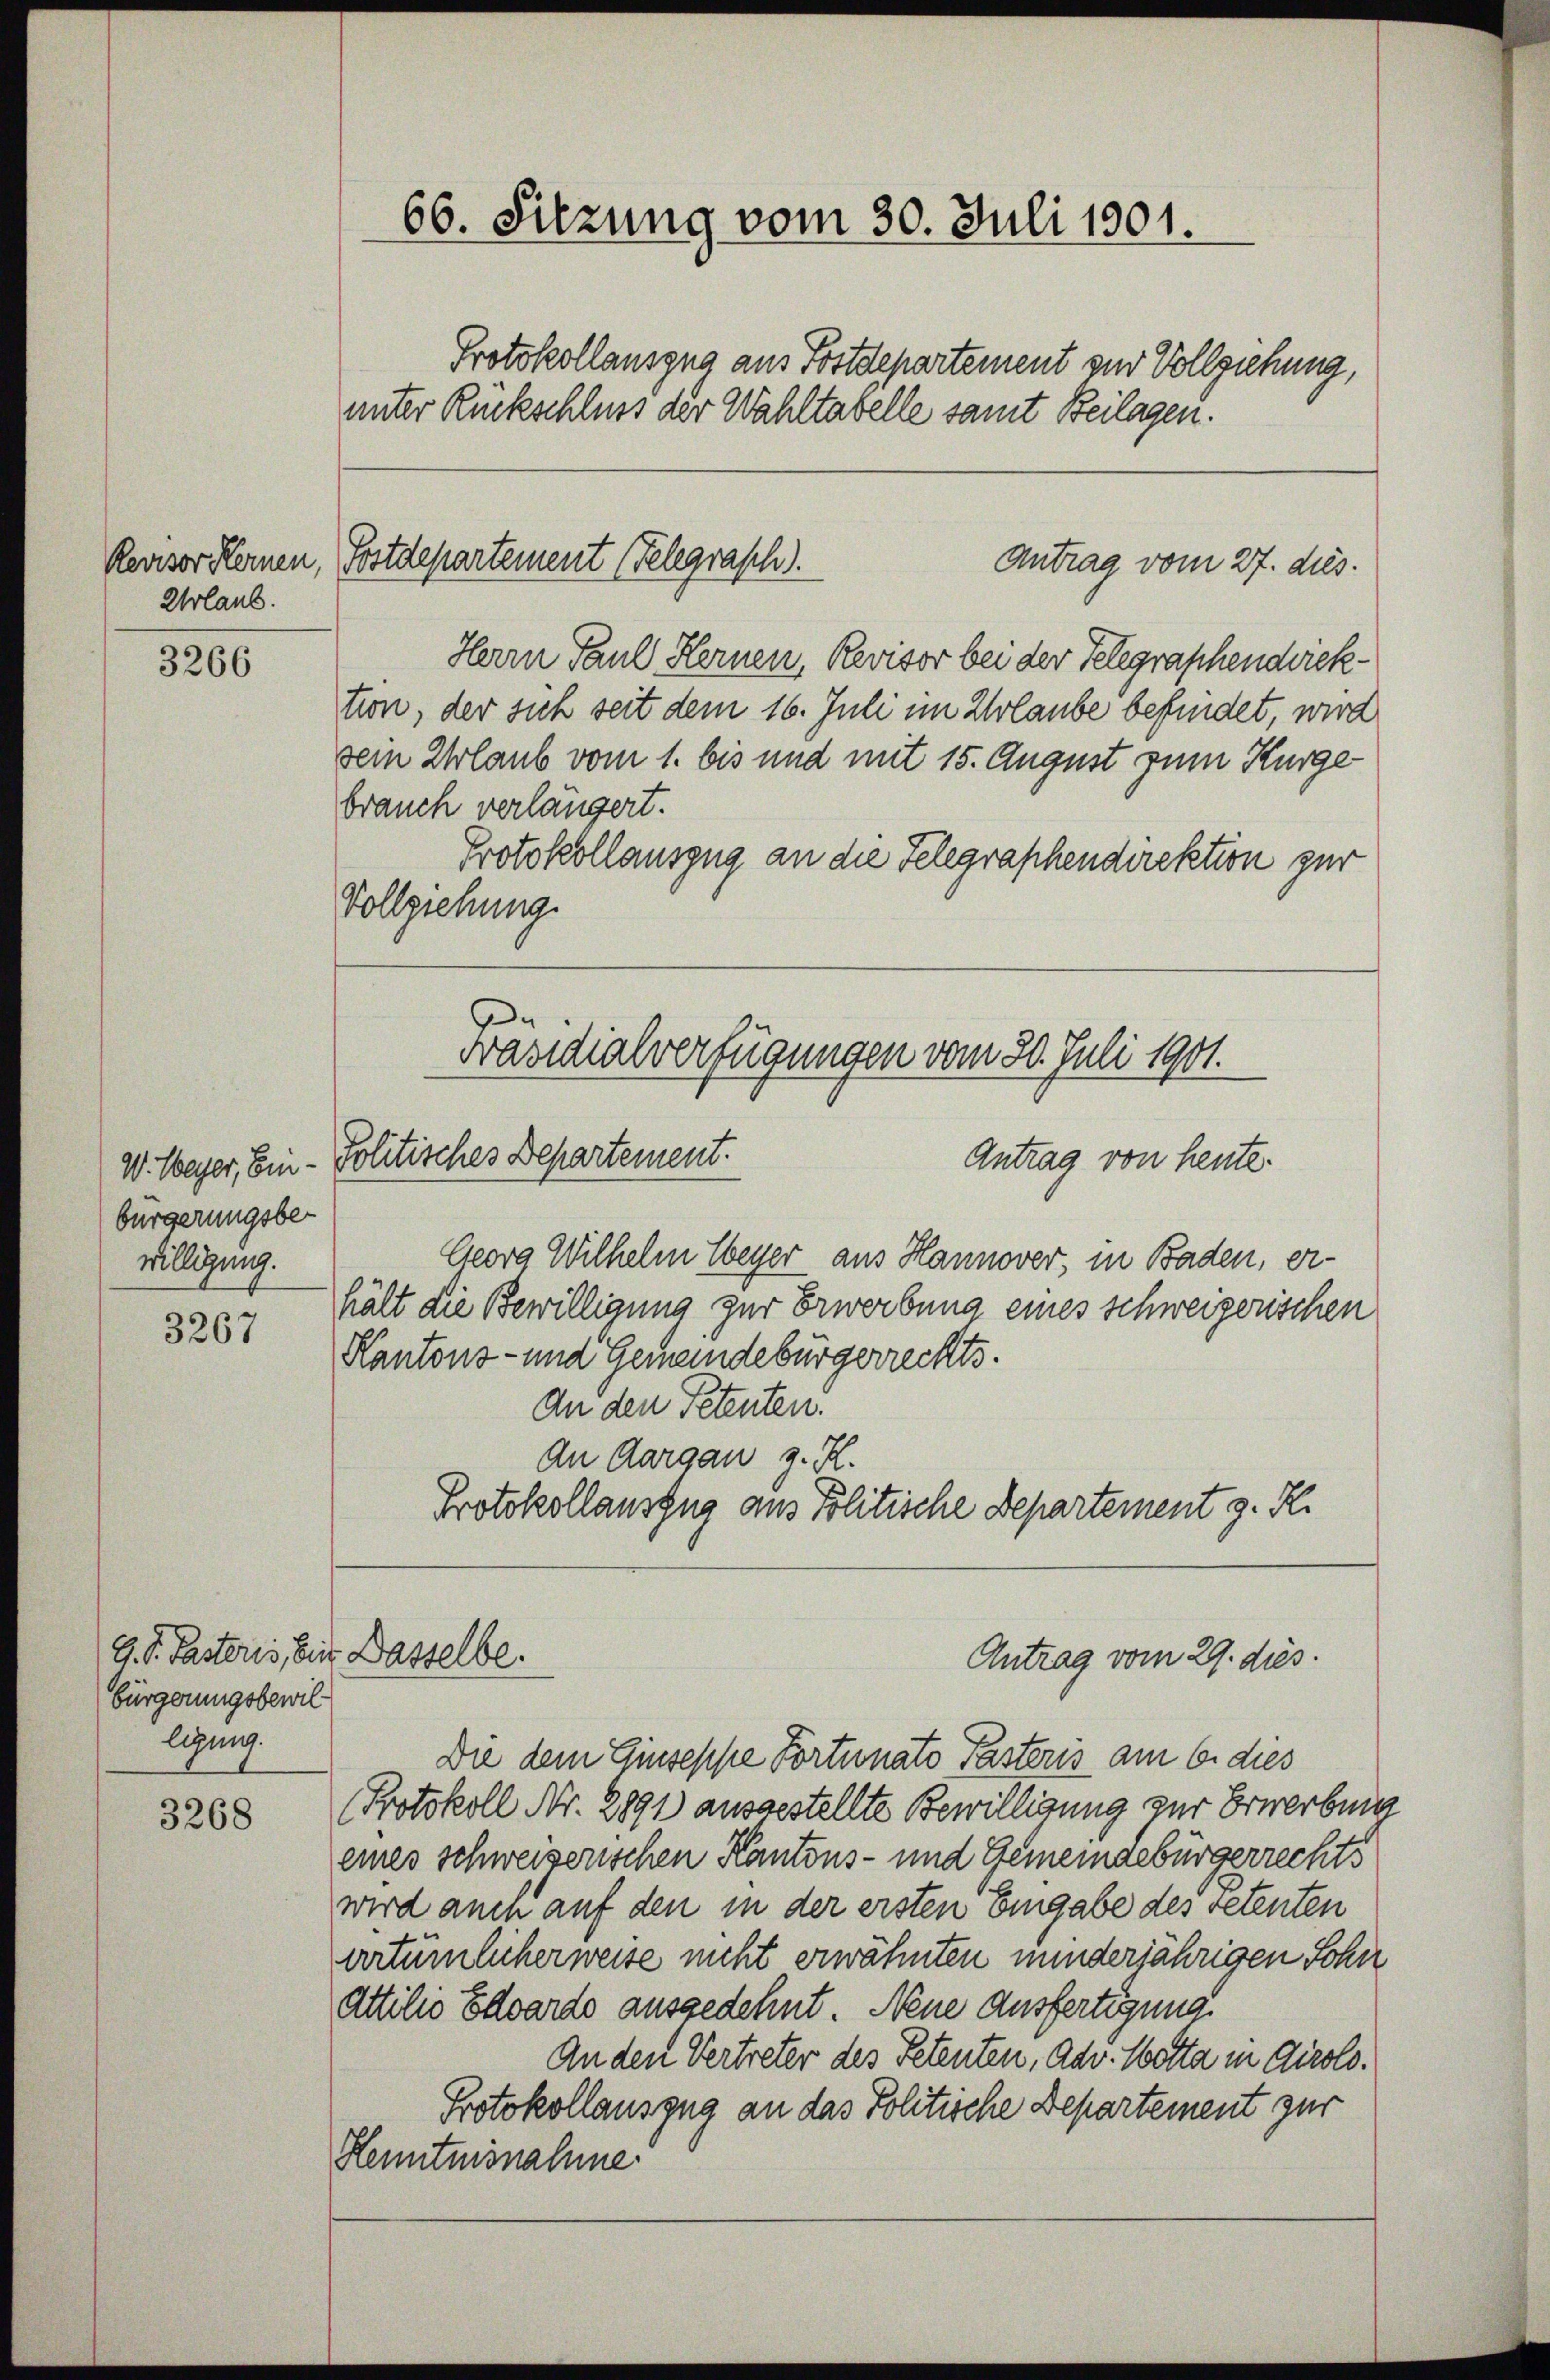
Revisor Kernen,
Urlaub.

3266

bürgerungsbe-
willigung.

3267

G. P. Pastoris, bist
bürgerungsbewil
ligung.

3268

Georg Wilhelm Weyer aus Hannover, in Baden, erhält die Bewilligung zur Erwerbung eines schweizerischen
Kantons- und Gemeindebürgerrechts.
An den Petenten.
An Aargau z. H.
Protokollauszug aus Politische Departement z. R.

66. Sitzung vom 30. Juli 1901.
Protokollauszug aus Postdepartement zur Vollziehung,
unter Rückschluss der Wahltabelle samt Beilagen.

Postdepartement (Telegrasch.

Präsidialverfügungen vom 30. Juli 1901.
Antrag von heute.
W. Weyer, Ein - Politisches Departement.

Dasselbe.

Antrag vom 27. dies.
Herrn Paul Kernen, Revisor bei der Telegraphendwiektion, der sich seit dem 16. Juli im Urlaube befindet, wird
sein Urlaub vom 1. bis und mit 15. August zum Kurge
brauch verlängert.
Protokollauszug an die Telegraphendirektion zur
Vollziehung.

Antrag vom 29. dies

Die dem Giuseppe Portunato Pastoris am 6. dies
Protokoll Nr. 2891 ausgestellte Bewilligung zur Erwerbung
eines schweizerischen Kantons- und Gemeingebürgerrechts
wird anen auf den in der ersten Eingabe des retenten
artümlicherweise nicht erwähnten minderjährigen Sohn
Attilii Edwardo ausgedehnt, Neue Ausfertigung
An den Vertreter des Petenten, Adv. Wotta in Airolo.
Protokollauszug an das Politische Departement zur
Henntnisnahme